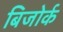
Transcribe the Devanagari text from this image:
बिजोर्क